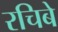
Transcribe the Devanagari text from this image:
रचिबे